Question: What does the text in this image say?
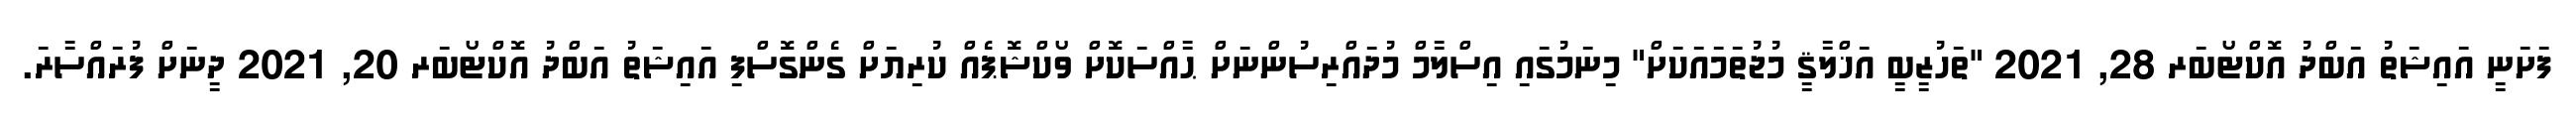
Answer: ފަށަނީ އައިޝަތު އަބްދު އޮކްޓޯބަރ 28, 2021 "ތަހުޒީބީ އަޚްލާޤީ މުޖުތަމައަކަށް" މިނަމުގައި އިސްލާމް މުދައްރިސުންނަށް ޙާއްސަކޮށް ވޯކްޝޮޕެއް ކުރިޔަށް ގެންގޮސްފި އައިޝަތު އަބްދު އޮކްޓޯބަރ 20, 2021 ދީނަށް ފުރައްސާރަ.